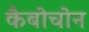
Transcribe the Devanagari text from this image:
कैबोचोन